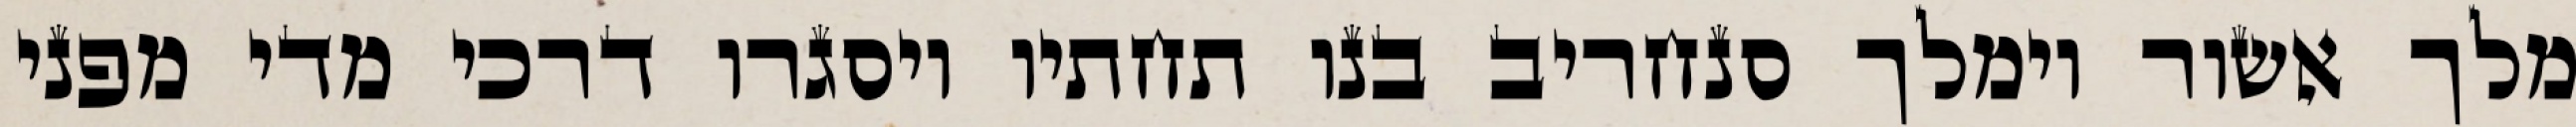
מלך אשור וימלך סנחריב בנו תחתיו ויסגרו דרכי מדי מפני